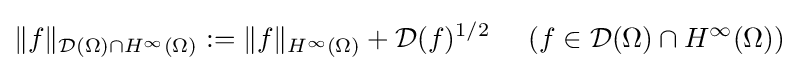
\|f\|_{{\mathcal {D}}(\Omega )\cap H^{\infty }(\Omega )}:=\|f\|_{H^{\infty }(\Omega )}+{\mathcal {D}}(f)^{1/2}\;\;\;\;\;(f\in {\mathcal {D}}(\Omega )\cap H^{\infty }(\Omega ))